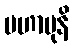
မဟာမုနိ